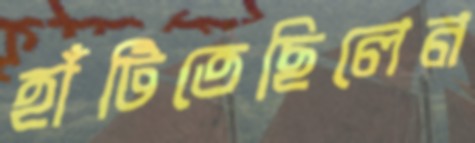
হাঁটিতেছিলেন